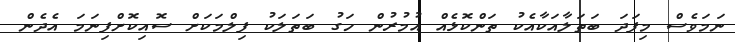
ނަމަވެސް މިފަދަ ބަތަލާއަކާއެކު ތަންކޮޅެއް އުމުރުން ހަގު ބަތަލަކު ފިލްމަކަށް ސޮއިކޮށްފިނަމަ އެދެން